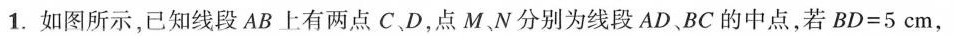
1.如图所示，已知线段AB上有两点C D，点M N分别为线段AD BC的中点，若$$BD=5cm$$，